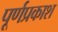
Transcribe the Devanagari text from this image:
पूर्णप्रकाश